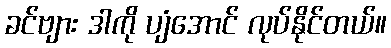
ခင်ဗျား ဒါကို ပျံအောင် လုပ်နိုင်တယ်။